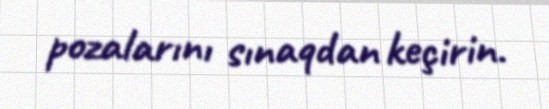
pozalarını sınaqdan keçirin.